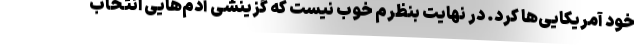
خود آمریکایی‌ها کرد. در نهایت بنظرم خوب نیست که گزینشی آدم‌هایی انتخاب